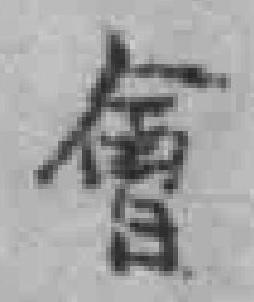
會